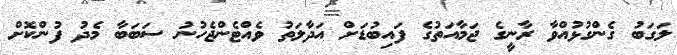
ލަގަބު ގެންގުޅުއްވާ ރާނީގެ ޖަމާއަތުގެ ފައިބުޑަށް އަދާލަތު ވެއްޓެންޖެހުނު ސަބަބާ މެދު ފުންކޮށް